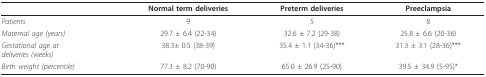
<table><thead><tr><td></td><td><b>Normal term deliveries</b></td><td><b>Preterm deliveries</b></td><td><b>Preeclampsia</b></td></tr></thead><tbody><tr><td><i>Patients</i></td><td>9</td><td>5</td><td>8</td></tr><tr><td><i>Maternal age (years)</i></td><td>29.7 ± 6.4 (22-34)</td><td>32.6 ± 7.2 (29-38)</td><td>25.8 ± 6.6 (20-36)</td></tr><tr><td><i>Gestational age at</i><i>deliveries (weeks)</i></td><td>38.3<i>± </i>0.5 (38-39)</td><td>35.4 ± 1.1 (34-36)***</td><td>31.3 ± 3.1 (28-36)***</td></tr><tr><td><i>Birth weight (percentile)</i></td><td>77.3 ± 8.2 (70-90)</td><td>65.0 ± 26.9 (25-90)</td><td>39.5 ± 34.9 (5-95)*</td></tr></tbody></table>